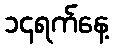
၁၄ရက်နေ့